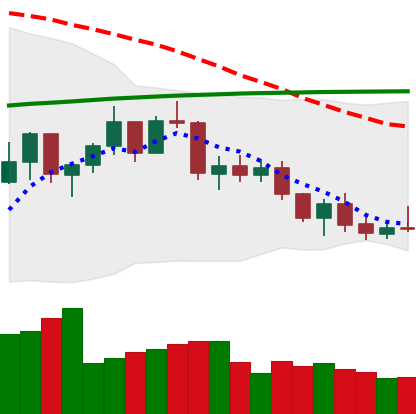
Ticker: ETH-USD
Chart end date: 2021-07-18
Forward return: 12.093%
Label: up_7plus